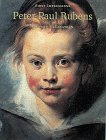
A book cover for First Impressions: Peter Paul Rubens; Richard McLanathan; Teen & Young Adult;